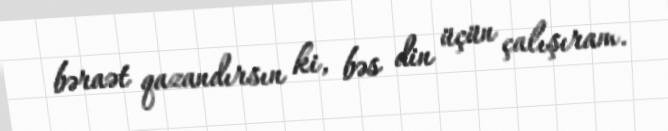
bəraət qazandırsın ki, bəs din üçün çalışıram.